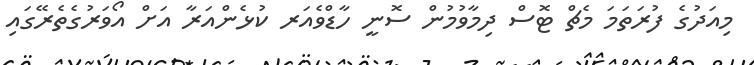
މިއަދުގެ ފުރަތަމަ މެޗް ޓޮސް ދިމާވުމުން ސޮނީ ހާޑްވެއަރ ކުޅެންއަރާ އަށް އޯވަރުގެތެރޭގައި